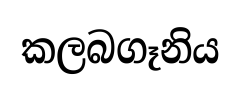
කලබගෑනිය